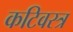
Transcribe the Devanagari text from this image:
कटिवस्त्र